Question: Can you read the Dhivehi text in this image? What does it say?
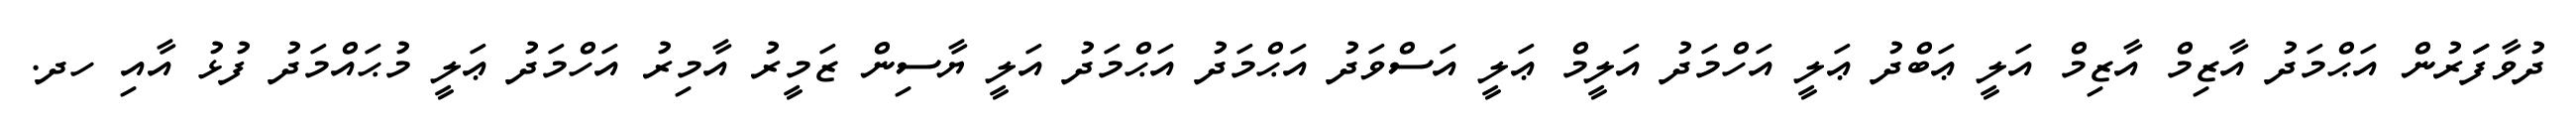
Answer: ދުވާފަަރުން އަޙްމަދު އާޒިމް އާޒިމް އަލީ ޢަބްދު ޢަލީ އަހްމަދު އަލީމް ޢަލީ އަސްވަދު އަޙްމަދު އަޙްމަދު އަލީ ޔާސިން ޒަމީރު އާމިރު އަހްމަދު ޢަލީ މުޙައްމަދު ފުޅު އާއި ހދ.